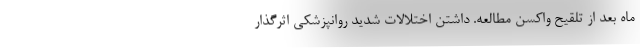
ماه بعد از تلقیح واکسن مطالعه. داشتن اختلالات شدید روانپزشکی اثرگذار